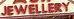
jewellery